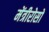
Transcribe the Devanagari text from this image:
मेंत्रीरोसो